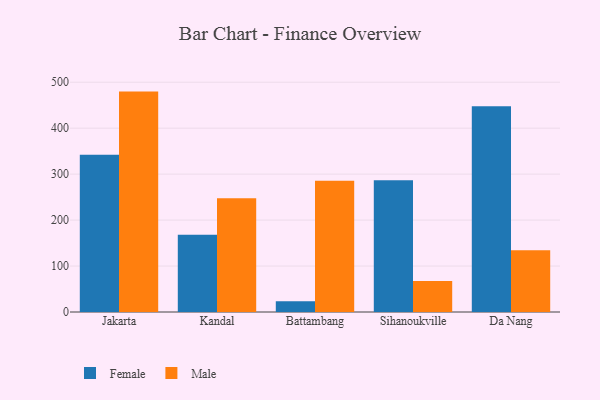
{"axis": {"x": "City", "y": "Customer Acquisition Cost (USD)"}, "legend": ["Female", "Male"], "data": [{"x": "Jakarta", "y": 342.4, "type": "Female"}, {"x": "Jakarta", "y": 479.6, "type": "Male"}, {"x": "Kandal", "y": 168.1, "type": "Female"}, {"x": "Kandal", "y": 247.7, "type": "Male"}, {"x": "Battambang", "y": 23.4, "type": "Female"}, {"x": "Battambang", "y": 285.5, "type": "Male"}, {"x": "Sihanoukville", "y": 286.5, "type": "Female"}, {"x": "Sihanoukville", "y": 67.3, "type": "Male"}, {"x": "Da Nang", "y": 447.5, "type": "Female"}, {"x": "Da Nang", "y": 134.1, "type": "Male"}]}